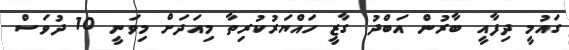
ގައުމީ ދިފާއީ ބާރުން އަބްދު ގާޒީ ހައްޔަރުކުރިތާ މިއަދަށް މިވަނީ 10 ދުވަސް